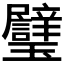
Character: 𱰄